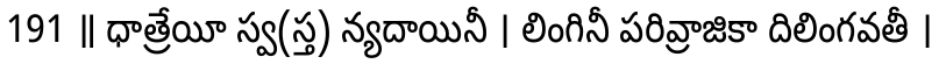
191 ॥ ధాత్రేయీ స్వ(స్త) న్యదాయినీ । లింగినీ పరివ్రాజికా దిలింగవతీ ।